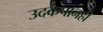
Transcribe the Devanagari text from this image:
उदकपानही